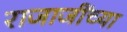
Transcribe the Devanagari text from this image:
राजाजींच्या